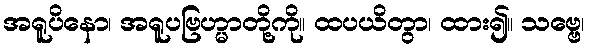
အရူပိနော၊ အရူပဗြဟ္မာတို့ကို။ ထပယိတွာ၊ ထား၍။ သဗ္ဗေ၊